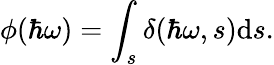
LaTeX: \phi(\hbar\omega)=\int_{s}\delta(\hbar\omega,s)\textrm{d}s.